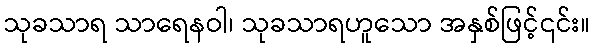
သုခသာရ သာရေနဝါ၊ သုခသာရဟူသော အနှစ်ဖြင့်၎င်း။